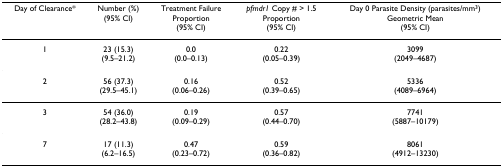
<table><thead><tr><td><b>Day of Clearance*</b></td><td><b>Number (%)(95% CI)</b></td><td><b>Treatment FailureProportion(95% CI)</b></td><td><b><i>pfmdr1 </i>Copy # &gt; 1.5Proportion(95% CI)</b></td><td><b>Day 0 Parasite Density (parasites/mm<sup>3</sup>)Geometric Mean(95% CI)</b></td></tr></thead><tbody><tr><td>1</td><td>23 (15.3)(9.5–21.2)</td><td>0.0(0.0–0.13)</td><td>0.22(0.05–0.39)</td><td>3099(2049–4687)</td></tr><tr><td>2</td><td>56 (37.3)(29.5–45.1)</td><td>0.16(0.06–0.26)</td><td>0.52(0.39–0.65)</td><td>5336(4089–6964)</td></tr><tr><td>3</td><td>54 (36.0)(28.2–43.8)</td><td>0.19(0.09–0.29)</td><td>0.57(0.44–0.70)</td><td>7741(5887–10179)</td></tr><tr><td>7</td><td>17 (11.3)(6.2–16.5)</td><td>0.47(0.23–0.72)</td><td>0.59(0.36–0.82)</td><td>8061(4912–13230)</td></tr></tbody></table>